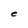
Character: e